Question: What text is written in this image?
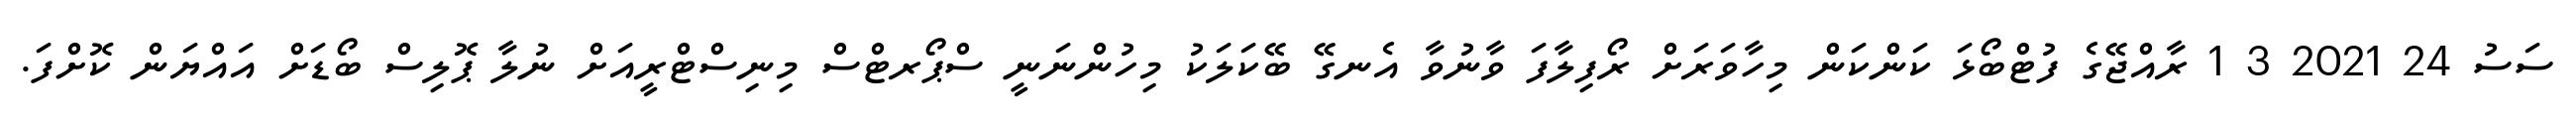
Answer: ސަސު 24 2021 3 1 ރާއްޖޭގެ ފުޓްބޯޅަ ކަންކަން މިހާވަރަށް ރޯފިލާފަ ވާނުވާ އެނގޭ ބޭކަލަކު މިހުންނަނީ ސްޕޯރޓްސް މިނިސްޓްރީއަށް ނުލާ ޕޮލިސް ބޯޑަށް އައްޔަން ކޮށްފަ.